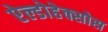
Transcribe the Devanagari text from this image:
ऐल्डोहेक्सोस